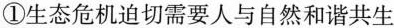
①生态危机迫切需要人与自然和谐共生